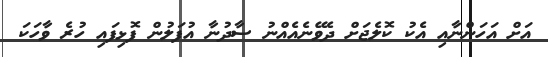
އަށް އަހަންނާއި އެކު ކޮލެޖަށް ދެވޭނެއެއްނު ސާދުނާ އުފަލުން ފޮޅިފައި ހުރެ ވާހަކަ